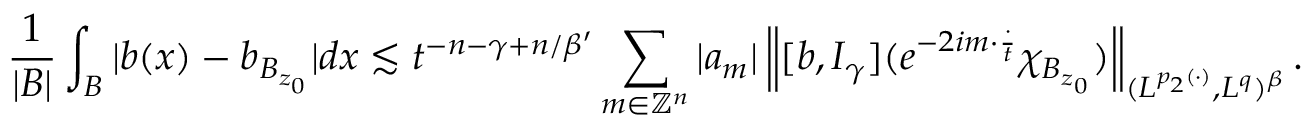
\frac { 1 } { | B | } \int _ { B } | b ( x ) - b _ { B _ { z _ { 0 } } } | d x \lesssim t ^ { - n - \gamma + n / \beta ^ { \prime } } \sum _ { m \in \mathbb { Z } ^ { n } } | a _ { m } | \left\| [ b , I _ { \gamma } ] ( e ^ { - 2 i m \cdot \frac { \cdot } { t } } \chi _ { B _ { z _ { 0 } } } ) \right\| _ { ( L ^ { p _ { 2 } ( \cdot ) } , L ^ { q } ) ^ { \beta } } .